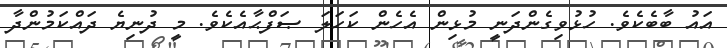
އައު ބާބެކެވެ. ހުޅުވިގެންދަނީ މުޅިން އެހެން ކަހަލަ ޞަފްޙާއެކެވެ. މީ ދުނިޔެ ދައްކަމުންދާ